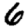
Digit: 6